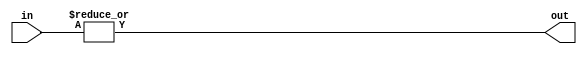
module f9_TECH_OR4(input [3:0] in, output out);
assign out = |in;
endmodule